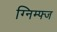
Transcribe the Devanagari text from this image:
ग्निम्फ्ज